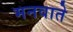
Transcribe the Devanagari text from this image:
मनवाते